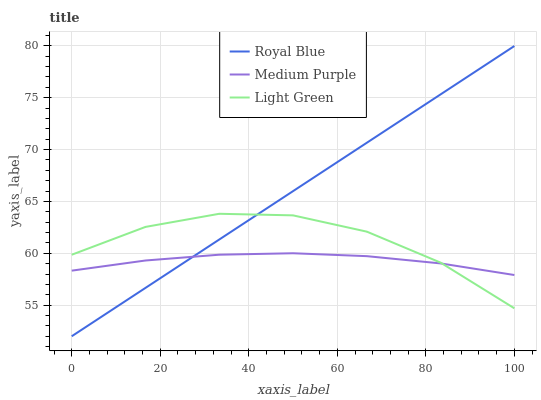
| xaxis_label | Royal Blue | Medium Purple | Light Green |
 | --- | --- | --- | --- |
 | 0 | 52 | 58.3 | 59.9 |
 | 16.7 | 56.7 | 59.3 | 62.5 |
 | 33.3 | 61.3 | 59.9 | 63.8 |
 | 50 | 66 | 60 | 63.7 |
 | 66.7 | 70.7 | 59.7 | 62.1 |
 | 83.3 | 75.3 | 59 | 59.1 |
 | 100 | 80 | 57.9 | 54.7 |